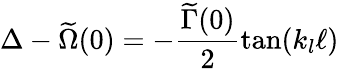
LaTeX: \Delta-\widetilde\Omega(0)=-\frac{\widetilde\Gamma(0)}{2}\tan(k_{l}\ell)